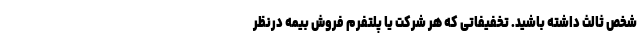
شخص ثالث داشته باشید. تخفیفاتی که هر شرکت یا پلتفرم فروش بیمه درنظر